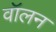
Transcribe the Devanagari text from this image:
वॉलन